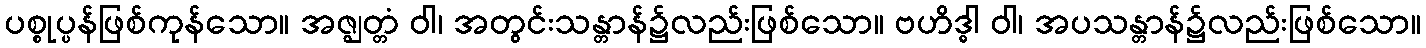
ပစ္စုပ္ပန်ဖြစ်ကုန်သော။ အဇ္ဈတ္တံ ဝါ၊ အတွင်းသန္တာန်၌လည်းဖြစ်သော။ ဗဟိဒ္ဓါ ဝါ၊ အပသန္တာန်၌လည်းဖြစ်သော။